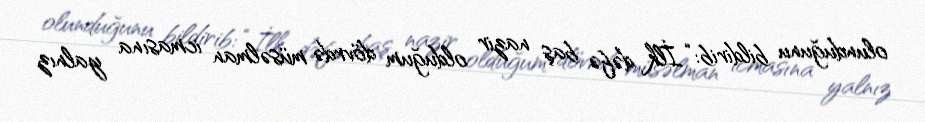
olunduğunu bildirib: “İlk dəfə baş nazir olduğum dövrdə müsəlman icmasına yalnız